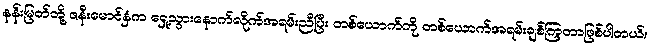
နန်းမြတ်တို့ ဇနီးမောင်နှံက ရှေ့သွားနောက်လိုက်အရမ်းညီပြီး တစ်ယောက်ကို တစ်ယောက်အရမ်းချစ်ကြတာဖြစ်ပါတယ်။